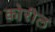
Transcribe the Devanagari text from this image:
कोरील